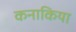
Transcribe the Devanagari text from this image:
कनाकिया